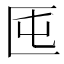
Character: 𠤲